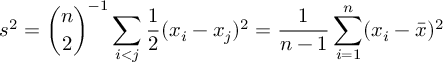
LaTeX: s ^ { 2 } = { \binom { n } { 2 } } ^ { - 1 } \sum _ { i < j } { \frac { 1 } { 2 } } ( x _ { i } - x _ { j } ) ^ { 2 } = { \frac { 1 } { n - 1 } } \sum _ { i = 1 } ^ { n } ( x _ { i } - { \bar { x } } ) ^ { 2 }